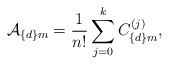
\begin{align*}{\cal A}_{\{d\}m}={1\over n!}\sum_{j=0}^k C^{(j)}_{\{d\}m},\end{align*}